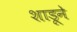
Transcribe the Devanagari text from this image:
शाडूने